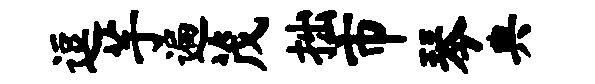
逗芋遍茂拙市琴典